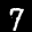
Label: 7